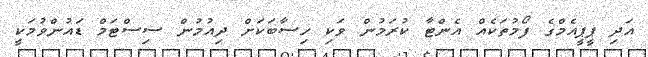
އަދި ޕީޕީއެމްގެ ފޯމުތަކެއް އެންޓާ ކުރަމުން ވަކި ހިސާބަކަށް ދިއުމުން ސިސްޓަމް ޑައުންވުމަކީ